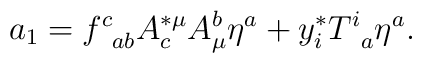
a_{1}=f_{\;\;ab}^{c}A_{c}^{*\mu }A_{\mu }^{b}\eta^{a}+y_{i}^{*}T_{\;\;a}^{i}\eta ^{a}.